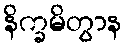
နိက္ခမိတွာန